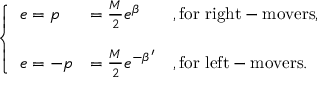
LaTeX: \left\{ \begin{array} { l l l } { { e = p } } & { { = \frac { M } { 2 } e ^ { \beta } } } & { { , \mathrm { f o r ~ r i g h t - m o v e r s } , } } \\ { { } } & { { } } & { { } } \\ { { e = - p } } & { { = \frac { M } { 2 } e ^ { - \beta ^ { \prime } } } } & { { , \mathrm { f o r ~ l e f t - m o v e r s } . } } \end{array} \right.